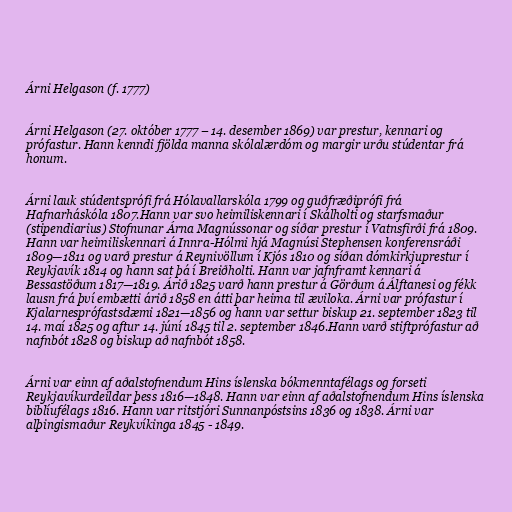
Árni Helgason (f. 1777)

Árni Helgason (27. október 1777 – 14. desember 1869) var prestur, kennari og
prófastur. Hann kenndi fjölda manna skólalærdóm og margir urðu stúdentar frá
honum.

Árni lauk stúdentsprófi frá Hólavallarskóla 1799 og guðfræðiprófi frá
Hafnarháskóla 1807.Hann var svo heimiliskennari í Skálholti og starfsmaður
(stipendiarius) Stofnunar Árna Magnússonar og síðar prestur í Vatnsfirði frá 1809.
Hann var heimiliskennari á Innra-Hólmi hjá Magnúsi Stephensen konferensráði
1809—1811 og varð prestur á Reynivöllum í Kjós 1810 og síðan dómkirkjuprestur í
Reykjavík 1814 og hann sat þá í Breiðholti. Hann var jafnframt kennari á
Bessastöðum 1817—1819. Árið 1825 varð hann prestur á Görðum á Álftanesi og fékk
lausn frá því embætti árið 1858 en átti þar heima til æviloka. Árni var prófastur í
Kjalarnesprófastsdæmi 1821—1856 og hann var settur biskup 21. september 1823 til
14. maí 1825 og aftur 14. júní 1845 til 2. september 1846.Hann varð stiftprófastur að
nafnbót 1828 og biskup að nafnbót 1858.

Árni var einn af aðalstofnendum Hins íslenska bókmenntafélags og forseti
Reykjavíkurdeildar þess 1816—1848. Hann var einn af aðalstofnendum Hins íslenska
biblíufélags 1816. Hann var ritstjóri Sunnanpóstsins 1836 og 1838. Árni var
alþingismaður Reykvíkinga 1845 - 1849.